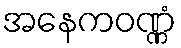
အနေကဝဏ္ဏံ